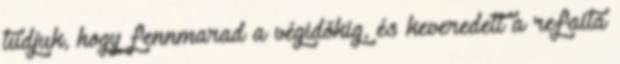
tudjuk, hogy fennmarad a végidőkig, és keveredett a refaita